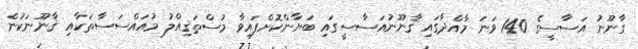
ގާނޫނު އަސާސީގެ 140 ވަނަ މާއްދާގައި ޤާނޫނުއަސާސީގައި ބަޔާންކޮށްފައިވާ މުސްތަޤިއްލު މުއައްސަސާތަކާއި ޤާނޫނަކުން